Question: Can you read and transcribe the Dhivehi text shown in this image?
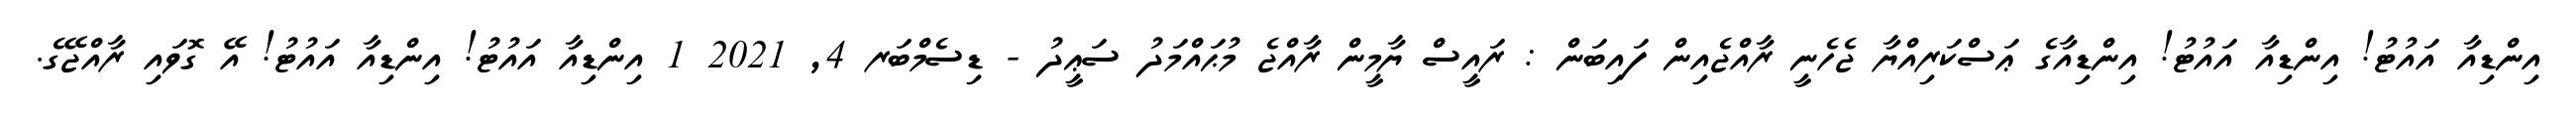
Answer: އިންޑިއާ އައުޓު! އިންޑިއާ އައުޓު! އިންޑިއާގެ ޢަސްކަރިއްޔާ ޖެހެނީ ރާއްޖެއިން ފައިބަން : ރައީސް ޔާމީން ރާއްޖެ މުޙައްމަދު ސަޢީދު - ޑިސެމްބަރ 4, 2021 1 އިންޑިއާ އައުޓު! އިންޑިއާ އައުޓު! އޭ ގޮވައި ރާއްޖޭގެ.